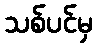
သစ်ပင်မှ